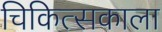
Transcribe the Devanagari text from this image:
चिकित्सकाला